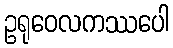
ဥရုဝေလကဿပေါ